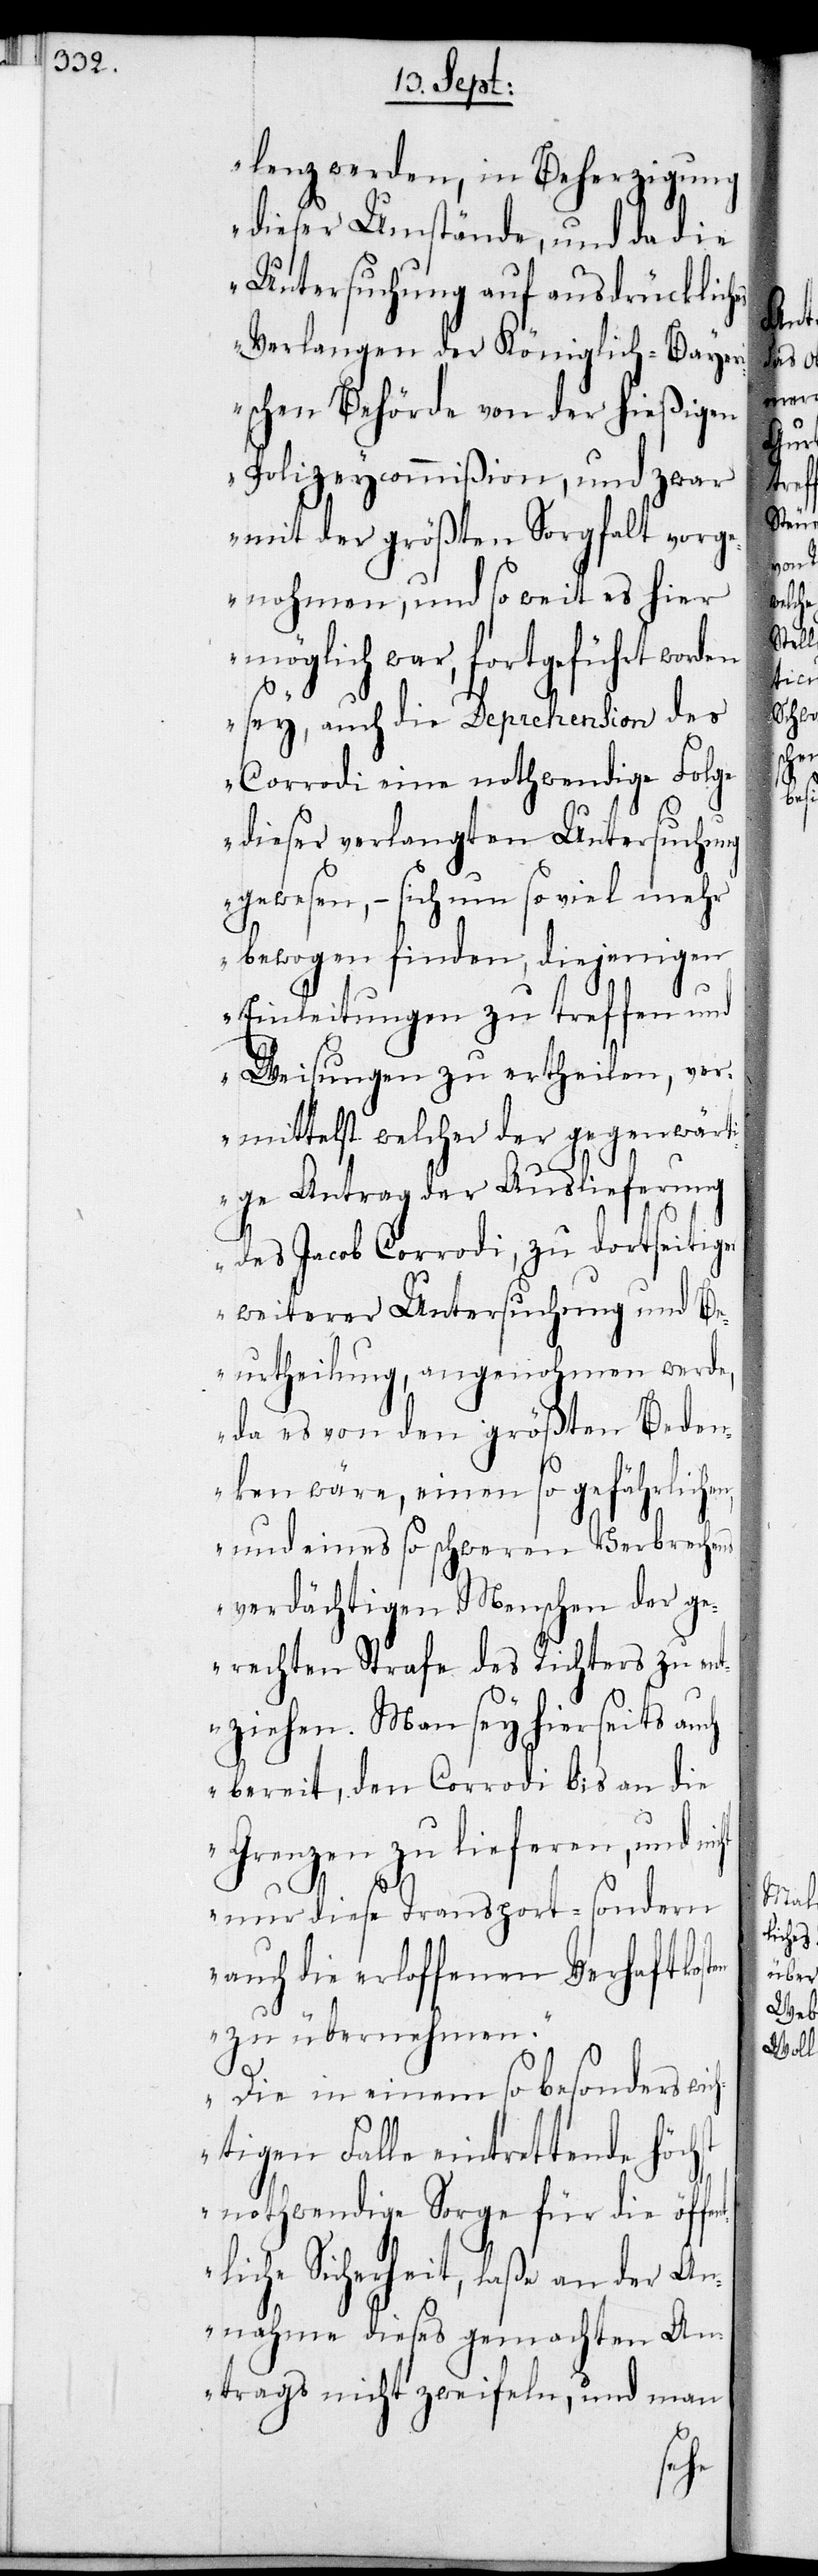
lenz werden, in Beherzigung
dieser Umstände, und da die
Untersuchung auf ausdrücklich¬
Verlangen der Königlich-Bay¬
ischen Behörde von der hießigen
Polizeycommißion, und zwar
mit der größten Sorgfalt vorg¬
enohmen, und so weit es her
möglich war, fortgeführt worden
sey, auch die Deprehension des
Corrodi eine nothwendige Folge
dieser verlangten Untersuchung
gewesen, – sich um so viel mehr
bewogen finde, diejenigen
Einleitungen zu treffen und
Weisungen zu ertheilen, ver¬
mittelst welcher der gegenwärt¬
ige Antrag der Auslieferung
des Jacob Corrodi, zu dortseitiger
weiterer Untersuchung und Be¬
urtheilung, angenohmen werde,
da es von den größten Beden¬
ken wären, einen so gefährlich¬
und eines so schweren Verbrechens
verdächtigen Menschen der ge¬
rechten Strafe des Richters zu en¬
tziehen. Man sey hierseits auch
bereit, den Corrodi bis an die
Grenzen zu lieferen, und nic¬
st
nur diese Transport- sondern
auch die erloffenen Verhaftkos¬
zu übernehmen.
Die in einem so besonders wic¬
htigen Falle eintrettende höch¬
nothwendige Sorge für die öffen¬
tliche Sicherheit, laße an der An¬
nahme dieses gemachten An¬
trags nicht zweifeln, und man